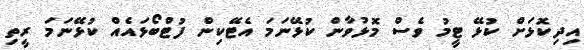
އިދިކޮޅަށް ކުޅޭ ޓީމު ވެސް މޮޅުވާން ކުޅޭނަމަ އެޓޭކިން ފުޓްބޯޅައެއް ކުޅޭނަމަ ރީތި